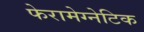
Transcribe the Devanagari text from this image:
फेरामेग्नेटिक